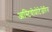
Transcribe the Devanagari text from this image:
आस्टियोप्रोटेजेरिन